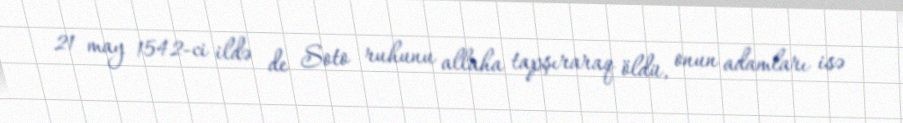
21 may 1542-ci ildə de Soto ruhunu allaha tapşıraraq öldü, onun adamları isə